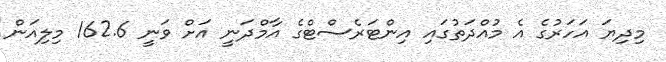
މިދިޔަ އަހަރުގެ އެ މުއްދަތުގައި އިންޓަރެސްޓްގެ އާމްދަނީ އަށް ވަނީ 162.6 މިލިއަން